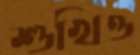
শুখিও